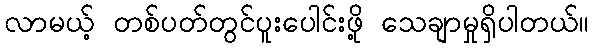
လာမယ့် တစ်ပတ်တွင်ပူးပေါင်းဖို့ သေချာမှုရှိပါတယ်။